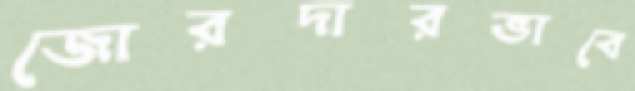
জোরদারভাবে